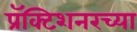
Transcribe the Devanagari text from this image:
प्रॅक्टिशनरच्या